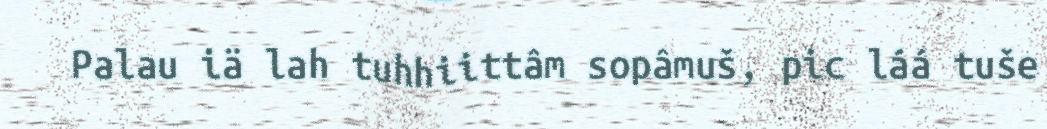
Palau iä lah tuhhiittâm sopâmuš, pic láá tuše